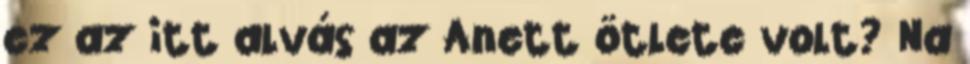
ez az itt alvás az Anett ötlete volt? Na